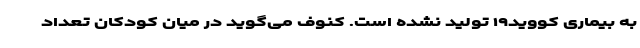
به بیماری کووید۱۹ تولید نشده است. کنوف می‌گوید در میان کودکان تعداد